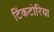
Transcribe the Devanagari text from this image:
टिंकटोरिया